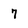
Character: 7